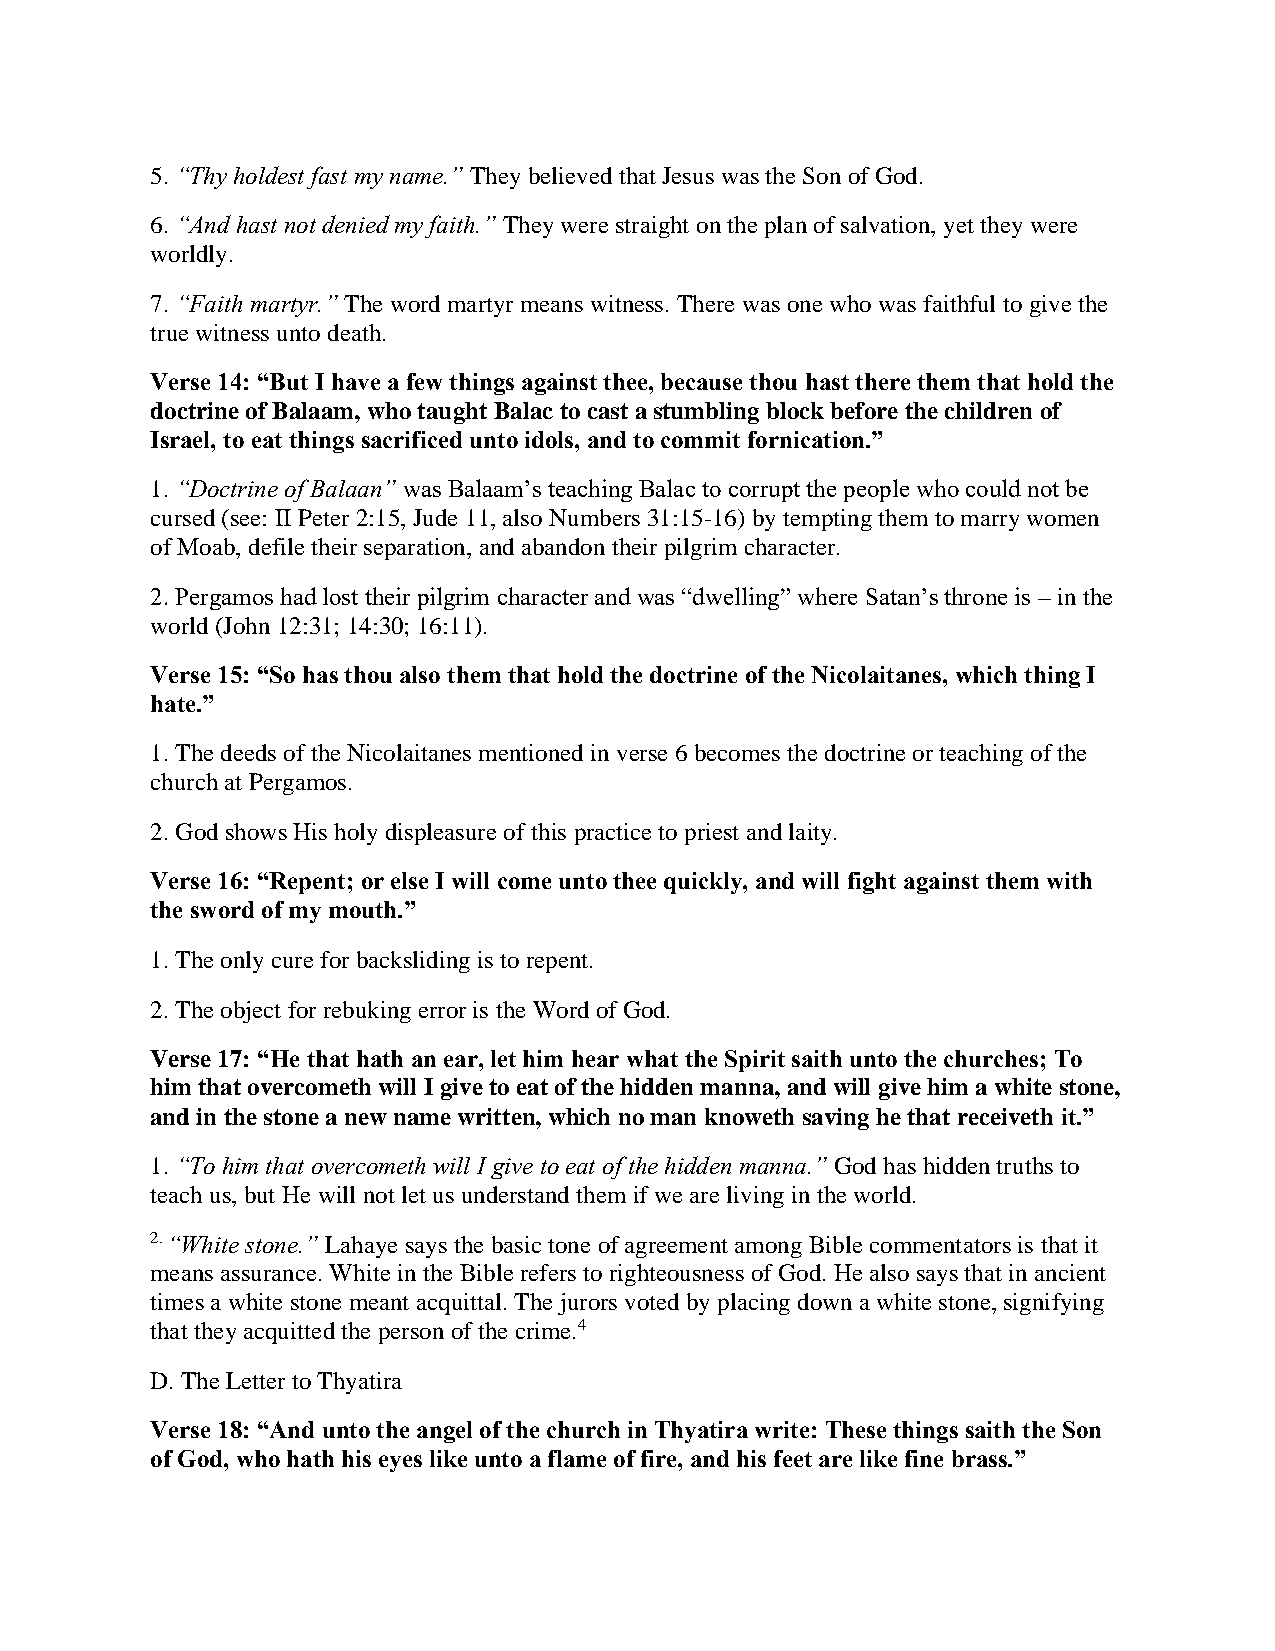
5. “Thy holdest fast my name.” They believed that Jesus was the Son of God.
 6. “And hast not denied my faith.” They were straight on the plan of salvation, yet they were
 worldly.
 7. “Faith martyr.” The word martyr means witness. There was one who was faithful to give the
 true witness unto death.
 Verse 14: “But I have a few things against thee, because thou hast there them that hold the
 doctrine of Balaam, who taught Balac to cast a stumbling block before the children of
 Israel, to eat things sacrificed unto idols, and to commit fornication.”
 1. “Doctrine of Balaan” was Balaam’s teaching Balac to corrupt the people who could not be
 cursed (see: II Peter 2:15, Jude 11, also Numbers 31:15-16) by tempting them to marry women
 of Moab, defile their separation, and abandon their pilgrim character.
 2. Pergamos had lost their pilgrim character and was “dwelling” where Satan’s throne is – in the
 world (John 12:31; 14:30; 16:11).
 Verse 15: “So has thou also them that hold the doctrine of the Nicolaitanes, which thing I
 hate.”
 1. The deeds of the Nicolaitanes mentioned in verse 6 becomes the doctrine or teaching of the
 church at Pergamos.
 2. God shows His holy displeasure of this practice to priest and laity.
 Verse 16: “Repent; or else I will come unto thee quickly, and will fight against them with
 the sword of my mouth.”
 1. The only cure for backsliding is to repent.
 2. The object for rebuking error is the Word of God.
 Verse 17: “He that hath an ear, let him hear what the Spirit saith unto the churches; To
 him that overcometh will I give to eat of the hidden manna, and will give him a white stone,
 and in the stone a new name written, which no man knoweth saving he that receiveth it.”
 1. “To him that overcometh will I give to eat of the hidden manna.” God has hidden truths to
 teach us, but He will not let us understand them if we are living in the world.
 2. “White stone.” Lahaye says the basic tone of agreement among Bible commentators is that it
 means assurance. White in the Bible refers to righteousness of God. He also says that in ancient
 times a white stone meant acquittal. The jurors voted by placing down a white stone, signifying
 that they acquitted the person of the crime.4
 D. The Letter to Thyatira
 Verse 18: “And unto the angel of the church in Thyatira write: These things saith the Son
 of God, who hath his eyes like unto a flame of fire, and his feet are like fine brass.”